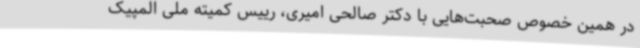
در همین خصوص صحبت‌هایی با دکتر صالحی امیری، رییس کمیته ملی المپیک